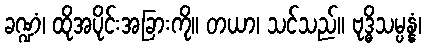
ခဏ္ဍံ၊ ထိုအပိုင်းအခြားကို။ တယာ၊ သင်သည်။ ဗုဒ္ဓိသမ္ပန္နံ၊